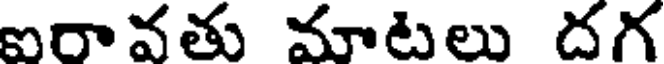
ఐరావతు మాటలు దగ